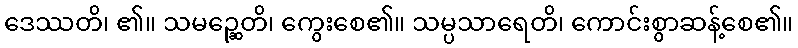
ဒေဿတိ၊ ၏။ သမဉ္ဆေတိ၊ ကွေးစေ၏။ သမ္ပသာရေတိ၊ ကောင်းစွာဆန့်စေ၏။